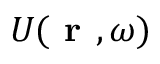
U ( \textbf { r } , \omega )